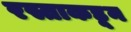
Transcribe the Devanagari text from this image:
रस्ताकडून